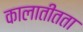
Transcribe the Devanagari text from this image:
कालातीतता